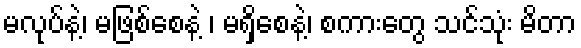
မလုပ်နဲ့၊ မဖြစ်စေနဲ့ ၊ မရှိစေနဲ့၊ စကားတွေ သင်သုံး မိတာ